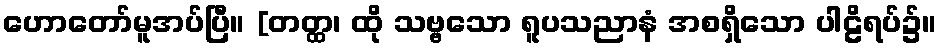
ဟောတော်မူအပ်ပြီ။ [တတ္ထ၊ ထို သဗ္ဗသော ရူပသညာနံ အစရှိသော ပါဠိရပ်၌။